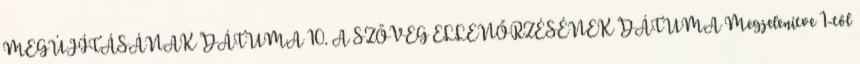
MEGÚJÍTÁSÁNAK DÁTUMA 10. A SZÖVEG ELLENŐRZÉSÉNEK DÁTUMA Megjelenítve 1-től